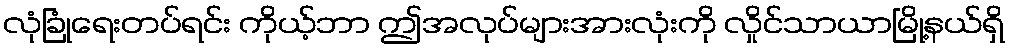
လုံခြုံရေးတပ်ရင်း ကိုယ့်ဘာ ဤအလုပ်များအားလုံးကို လှိုင်သာယာမြို့နယ်ရှိ